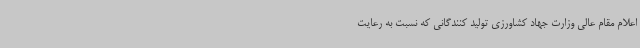
اعلام مقام عالی وزارت جهاد کشاورزی تولید کنندگانی که نسبت به رعایت